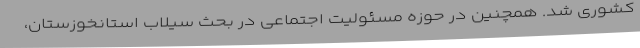
کشوری شد. همچنین در حوزه مسئولیت اجتماعی در بحث سیلاب استانخوزستان،